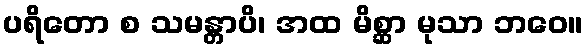
ပရိတော စ သမန္တာပိ၊ အထ မိစ္ဆာ မုသာ ဘဝေ။